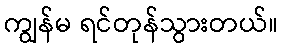
ကျွန်မ ရင်တုန်သွားတယ်။